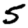
Digit: 5